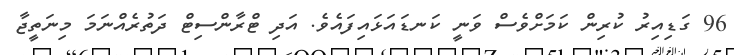
96 ގަޑިއިރު ކުރިން ކަމަށްވެސް ވަނީ ކަނޑައަޅައިފައެވެ. އަދި ޓްރާންސިޓް ދަތުރެއްނަމަ މިނަތީޖާ